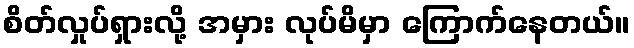
စိတ်လှုပ်ရှားလို့ အမှား လုပ်မိမှာ ကြောက်နေတယ်။